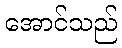
အောင်သည်